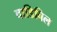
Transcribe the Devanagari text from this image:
वाडिविल